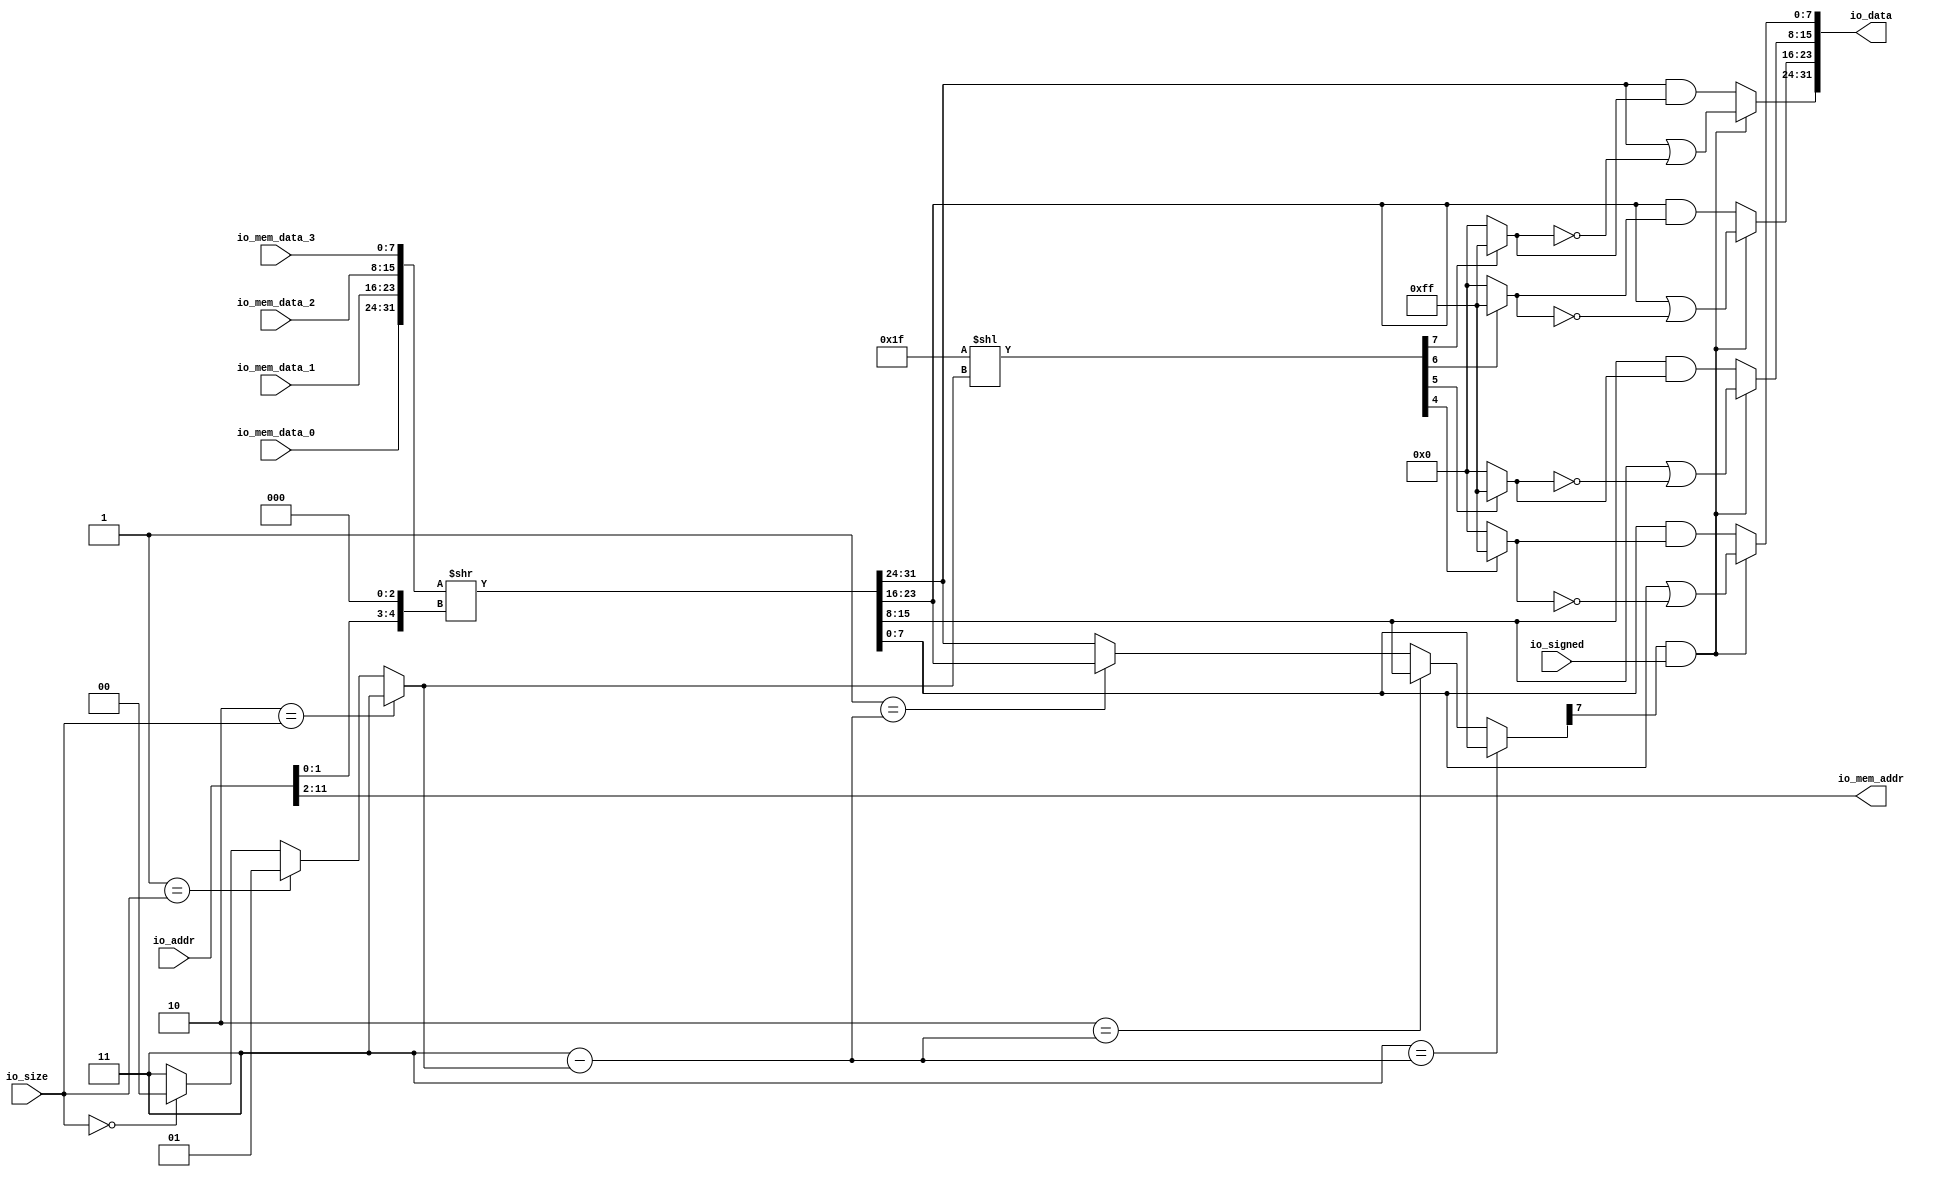
module MemReader_2stage(
  input  [20:0] io_addr,
  input  [1:0]  io_size,
  input         io_signed,
  output [31:0] io_data,
  output [9:0]  io_mem_addr,
  input  [7:0]  io_mem_data_0,
  input  [7:0]  io_mem_data_1,
  input  [7:0]  io_mem_data_2,
  input  [7:0]  io_mem_data_3
);
  wire [1:0] s_offset = io_addr[1:0]; // @[memory.scala 100:46]
  wire [31:0] _shiftedVec_T = {io_mem_data_0,io_mem_data_1,io_mem_data_2,io_mem_data_3}; // @[Cat.scala 31:58]
  wire [4:0] _shiftedVec_T_1 = {s_offset, 3'h0}; // @[memory.scala 107:63]
  wire [31:0] _shiftedVec_T_2 = _shiftedVec_T >> _shiftedVec_T_1; // @[memory.scala 107:50]
  wire [7:0] shiftedVec_0 = {_shiftedVec_T_2[31],_shiftedVec_T_2[30],_shiftedVec_T_2[29],_shiftedVec_T_2[28],
    _shiftedVec_T_2[27],_shiftedVec_T_2[26],_shiftedVec_T_2[25],_shiftedVec_T_2[24]}; // @[Cat.scala 31:58]
  wire [7:0] shiftedVec_1 = {_shiftedVec_T_2[23],_shiftedVec_T_2[22],_shiftedVec_T_2[21],_shiftedVec_T_2[20],
    _shiftedVec_T_2[19],_shiftedVec_T_2[18],_shiftedVec_T_2[17],_shiftedVec_T_2[16]}; // @[Cat.scala 31:58]
  wire [7:0] shiftedVec_2 = {_shiftedVec_T_2[15],_shiftedVec_T_2[14],_shiftedVec_T_2[13],_shiftedVec_T_2[12],
    _shiftedVec_T_2[11],_shiftedVec_T_2[10],_shiftedVec_T_2[9],_shiftedVec_T_2[8]}; // @[Cat.scala 31:58]
  wire [7:0] shiftedVec_3 = {_shiftedVec_T_2[7],_shiftedVec_T_2[6],_shiftedVec_T_2[5],_shiftedVec_T_2[4],_shiftedVec_T_2
    [3],_shiftedVec_T_2[2],_shiftedVec_T_2[1],_shiftedVec_T_2[0]}; // @[Cat.scala 31:58]
  wire [1:0] _bytes_T_1 = 2'h0 == io_size ? 2'h0 : 2'h3; // @[Mux.scala 81:58]
  wire [1:0] _bytes_T_3 = 2'h1 == io_size ? 2'h1 : _bytes_T_1; // @[Mux.scala 81:58]
  wire [1:0] bytes = 2'h2 == io_size ? 2'h3 : _bytes_T_3; // @[Mux.scala 81:58]
  wire [1:0] _sign_T_1 = 2'h3 - bytes; // @[memory.scala 111:36]
  wire [7:0] _GEN_1 = 2'h1 == _sign_T_1 ? shiftedVec_1 : shiftedVec_0; // @[memory.scala 111:{50,50}]
  wire [7:0] _GEN_2 = 2'h2 == _sign_T_1 ? shiftedVec_2 : _GEN_1; // @[memory.scala 111:{50,50}]
  wire [7:0] _GEN_3 = 2'h3 == _sign_T_1 ? shiftedVec_3 : _GEN_2; // @[memory.scala 111:{50,50}]
  wire  sign = _GEN_3[7]; // @[memory.scala 111:50]
  wire [10:0] _masks_mask_T = 11'h1f << bytes; // @[memory.scala 79:38]
  wire [3:0] masks_mask = _masks_mask_T[7:4]; // @[memory.scala 79:53]
  wire [4:0] _masks_maskWithOffset_T = {{1'd0}, masks_mask}; // @[memory.scala 80:34]
  wire [3:0] masks_maskWithOffset = _masks_maskWithOffset_T[3:0]; // @[memory.scala 80:55]
  wire  masks_3 = masks_maskWithOffset[0]; // @[memory.scala 81:22]
  wire  masks_2 = masks_maskWithOffset[1]; // @[memory.scala 81:22]
  wire  masks_1 = masks_maskWithOffset[2]; // @[memory.scala 81:22]
  wire  masks_0 = masks_maskWithOffset[3]; // @[memory.scala 81:22]
  wire [7:0] _maskedVec_T_2 = masks_0 ? 8'hff : 8'h0; // @[Bitwise.scala 74:12]
  wire [7:0] _maskedVec_T_3 = ~_maskedVec_T_2; // @[memory.scala 114:42]
  wire [7:0] _maskedVec_T_4 = shiftedVec_0 | _maskedVec_T_3; // @[memory.scala 114:40]
  wire [7:0] _maskedVec_T_7 = shiftedVec_0 & _maskedVec_T_2; // @[memory.scala 114:63]
  wire [7:0] maskedVec_0 = sign & io_signed ? _maskedVec_T_4 : _maskedVec_T_7; // @[memory.scala 114:16]
  wire [7:0] _maskedVec_T_10 = masks_1 ? 8'hff : 8'h0; // @[Bitwise.scala 74:12]
  wire [7:0] _maskedVec_T_11 = ~_maskedVec_T_10; // @[memory.scala 114:42]
  wire [7:0] _maskedVec_T_12 = shiftedVec_1 | _maskedVec_T_11; // @[memory.scala 114:40]
  wire [7:0] _maskedVec_T_15 = shiftedVec_1 & _maskedVec_T_10; // @[memory.scala 114:63]
  wire [7:0] maskedVec_1 = sign & io_signed ? _maskedVec_T_12 : _maskedVec_T_15; // @[memory.scala 114:16]
  wire [7:0] _maskedVec_T_18 = masks_2 ? 8'hff : 8'h0; // @[Bitwise.scala 74:12]
  wire [7:0] _maskedVec_T_19 = ~_maskedVec_T_18; // @[memory.scala 114:42]
  wire [7:0] _maskedVec_T_20 = shiftedVec_2 | _maskedVec_T_19; // @[memory.scala 114:40]
  wire [7:0] _maskedVec_T_23 = shiftedVec_2 & _maskedVec_T_18; // @[memory.scala 114:63]
  wire [7:0] maskedVec_2 = sign & io_signed ? _maskedVec_T_20 : _maskedVec_T_23; // @[memory.scala 114:16]
  wire [7:0] _maskedVec_T_26 = masks_3 ? 8'hff : 8'h0; // @[Bitwise.scala 74:12]
  wire [7:0] _maskedVec_T_27 = ~_maskedVec_T_26; // @[memory.scala 114:42]
  wire [7:0] _maskedVec_T_28 = shiftedVec_3 | _maskedVec_T_27; // @[memory.scala 114:40]
  wire [7:0] _maskedVec_T_31 = shiftedVec_3 & _maskedVec_T_26; // @[memory.scala 114:63]
  wire [7:0] maskedVec_3 = sign & io_signed ? _maskedVec_T_28 : _maskedVec_T_31; // @[memory.scala 114:16]
  wire [15:0] io_data_lo = {maskedVec_2,maskedVec_3}; // @[Cat.scala 31:58]
  wire [15:0] io_data_hi = {maskedVec_0,maskedVec_1}; // @[Cat.scala 31:58]
  assign io_data = {io_data_hi,io_data_lo}; // @[Cat.scala 31:58]
  assign io_mem_addr = io_addr[11:2]; // @[memory.scala 105:32]
endmodule